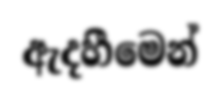
ඇදහීමෙන්